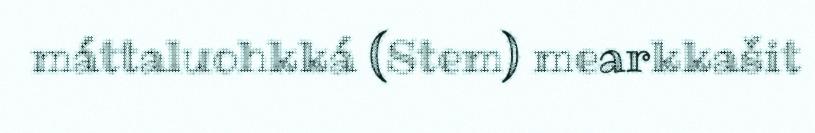
máttaluohkká (Stem) mearkkašit